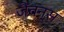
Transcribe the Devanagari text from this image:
जैवन्स